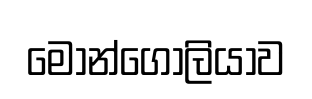
මොන්ගෝලියාව